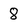
Character: 8